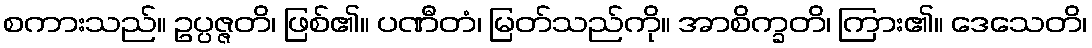
စကားသည်။ ဥပ္ပဇ္ဇတိ၊ ဖြစ်၏။ ပဏီတံ၊ မြတ်သည်ကို။ အာစိက္ခတိ၊ ကြား၏။ ဒေသေတိ၊